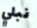
نبلي